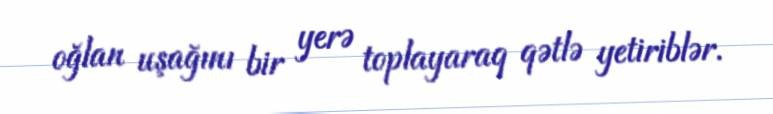
oğlan uşağını bir yerə toplayaraq qətlə yetiriblər.